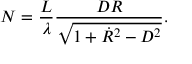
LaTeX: N = \frac { L } { \lambda } \frac { D R } { \sqrt { 1 + \dot { R } ^ { 2 } - D ^ { 2 } } } .